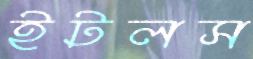
ইটলস